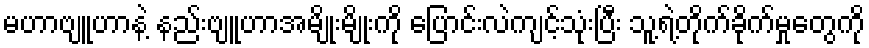
မဟာဗျူဟာနဲ့ နည်းဗျူဟာအမျိုးမျိုးကို ပြောင်းလဲကျင့်သုံးပြီး သူ့ရဲ့တိုက်ခိုက်မှုတွေကို